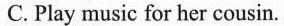
C. Play music for her cousin.